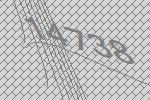
14738